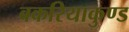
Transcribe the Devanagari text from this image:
बकरियाकुण्ड